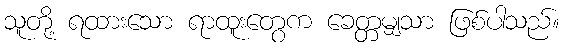
သူတို့ ရထားသော ရာထူးတွေက ခေတ္တမျှသာ ဖြစ်ပါသည်။